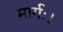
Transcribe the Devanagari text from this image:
मार्गः।